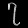
Digit: ၇